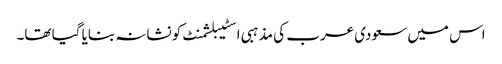
اس میں سعودی عرب کی مذہبی اسٹیبلشمنٹ کو نشانہ بنایا گیا تھا۔